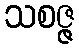
သစဇ္ဇ